Lunatic asylums Central Provinces reports 1886-1894 - 1886-1894
Year: 1886
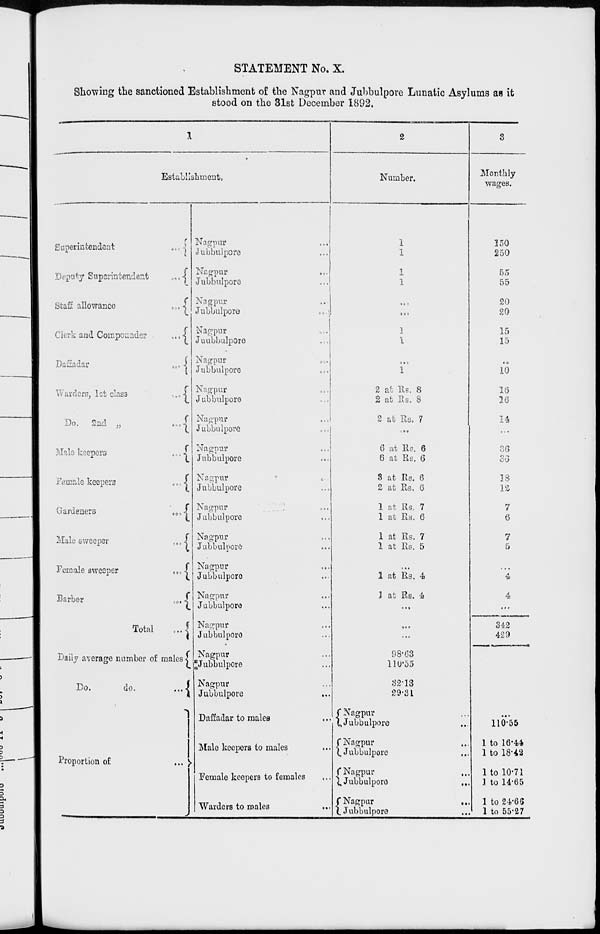
STATEMENT No. X.
Showing the sanctioned Establishment of the Nagpur and Jubbulpore Lunatic Asylums as it
stood on the 31st December 1892.
1
Establishment.
Superintendent...
Deputy
Superintendent...
Staff allowance ...
Clerk and
Compounder...
DaEadar
...
Warders, let
class
...
Do. 2nd „
...
Male keepers
...
Female keepers
...
Gardeners ...
Male sweeper
...
Female sweeper ...
Barber
...
Total
...
Daily average number of males
Do.
do. ...
Proportion of
...
Nagpur...
Jubbulpore
...
Nagpur
...
Jubbulpore
...
Nagpur
...
Jubbulpore
...
Nagpur
...
Jubbulpore
...
Nagpur
...
Jubbulpore
...
Nagpur
...
Jubbulpore
...
Nagpur
...
Jubbulpore...
Nagpur
...
Jubbulpore...
Nagpur ...
Jubbulpore ...
Nagpur...
Jubbulpore...
Nagpur...
Jubbulpore...
Nagpur...
Jubbulpore...
Nagpur...
Jubbulpore...
Nagpur...
Jubbulpore...
Nagpur...
Jubbulpore...
Nagpur...
Jubbulpore
...
Daffadar to males...
Male keepers to males...
Female keepers to females...
Warders to males...
2
Number.
1
1
1
1
...
...
1
1
...
1
2 at Rs. 8
2 at Rs. 8
2 at Rs. 7
...
6 at Rs. 6
6 at Rs. 6
3 at Rs. 6
2 at Rs. 6
1 at Rs. 7
1 at Rs. 6
1 at Rs. 7
1 at Rs. 5
...
1 at Rs. 4
1 at Rs. 4
...
...
...
98.63
110.55
32.13
29.31
Nagpur...
Jubbulpore...
Nagpur
...
Jubbulpore...
Nagpur
...
Jubbulpore
...
Nagpur...
Jubbulpore...
3
Monthly
wages.
150
250
55
55
20
20
15
15
...
10
16
16
14
...
36
36
18
12
7
6
7
5
...
4
4
...
342
429
...
110.55
1 to 16.44
1 to 18.42
1 to 10.71
1 to 14.65
1 to 24.66
1 to 55.27